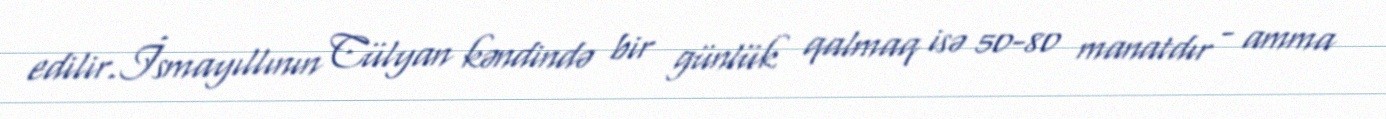
edilir.İsmayıllının Cülyan kəndində bir günlük qalmaq isə 50-80 manatdır - amma